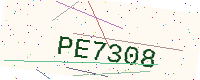
Text: PE7308